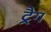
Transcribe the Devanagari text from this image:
ट्रैग